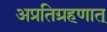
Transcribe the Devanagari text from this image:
अप्रतिग्रहणात्